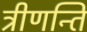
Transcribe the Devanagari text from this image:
त्रीणन्ति